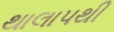
થાલાપથી